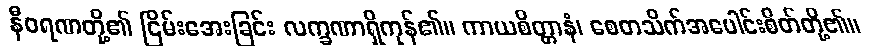
နီဝရဏတို့၏ ငြိမ်းအေးခြင်း လက္ခဏာရှိကုန်၏။ ကာယစိတ္တာနံ၊ စေတသိက်အပေါင်းစိတ်တို့၏။